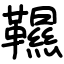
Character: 韅